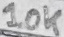
Text: 10K